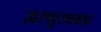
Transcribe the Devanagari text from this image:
ज़रथुस्त्रवाद